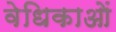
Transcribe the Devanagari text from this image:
वेधिकाओं